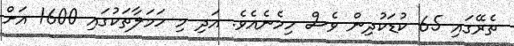
ތެރޭގައި 65 ކުޑަކުދިން ވެސް ހިމެނެއެވެ. އަދި މި ހަމަލާތަކުގައި 1600 އަށް